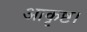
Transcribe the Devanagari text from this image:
आकृष्ट।